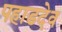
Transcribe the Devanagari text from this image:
पहाडदेव